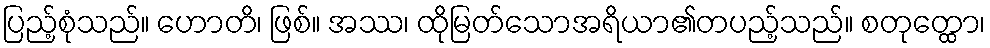
ပြည့်စုံသည်။ ဟောတိ၊ ဖြစ်။ အဿ၊ ထိုမြတ်သောအရိယာ၏တပည့်သည်။ စတုတ္ထော၊